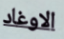
الاوغاد